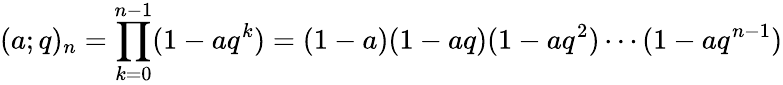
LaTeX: (a;q)_{n}=\prod_{k=0}^{n-1}(1-aq^{k})=(1-a)(1-aq)(1-aq^{2})\cdots(1-aq^{n-1})